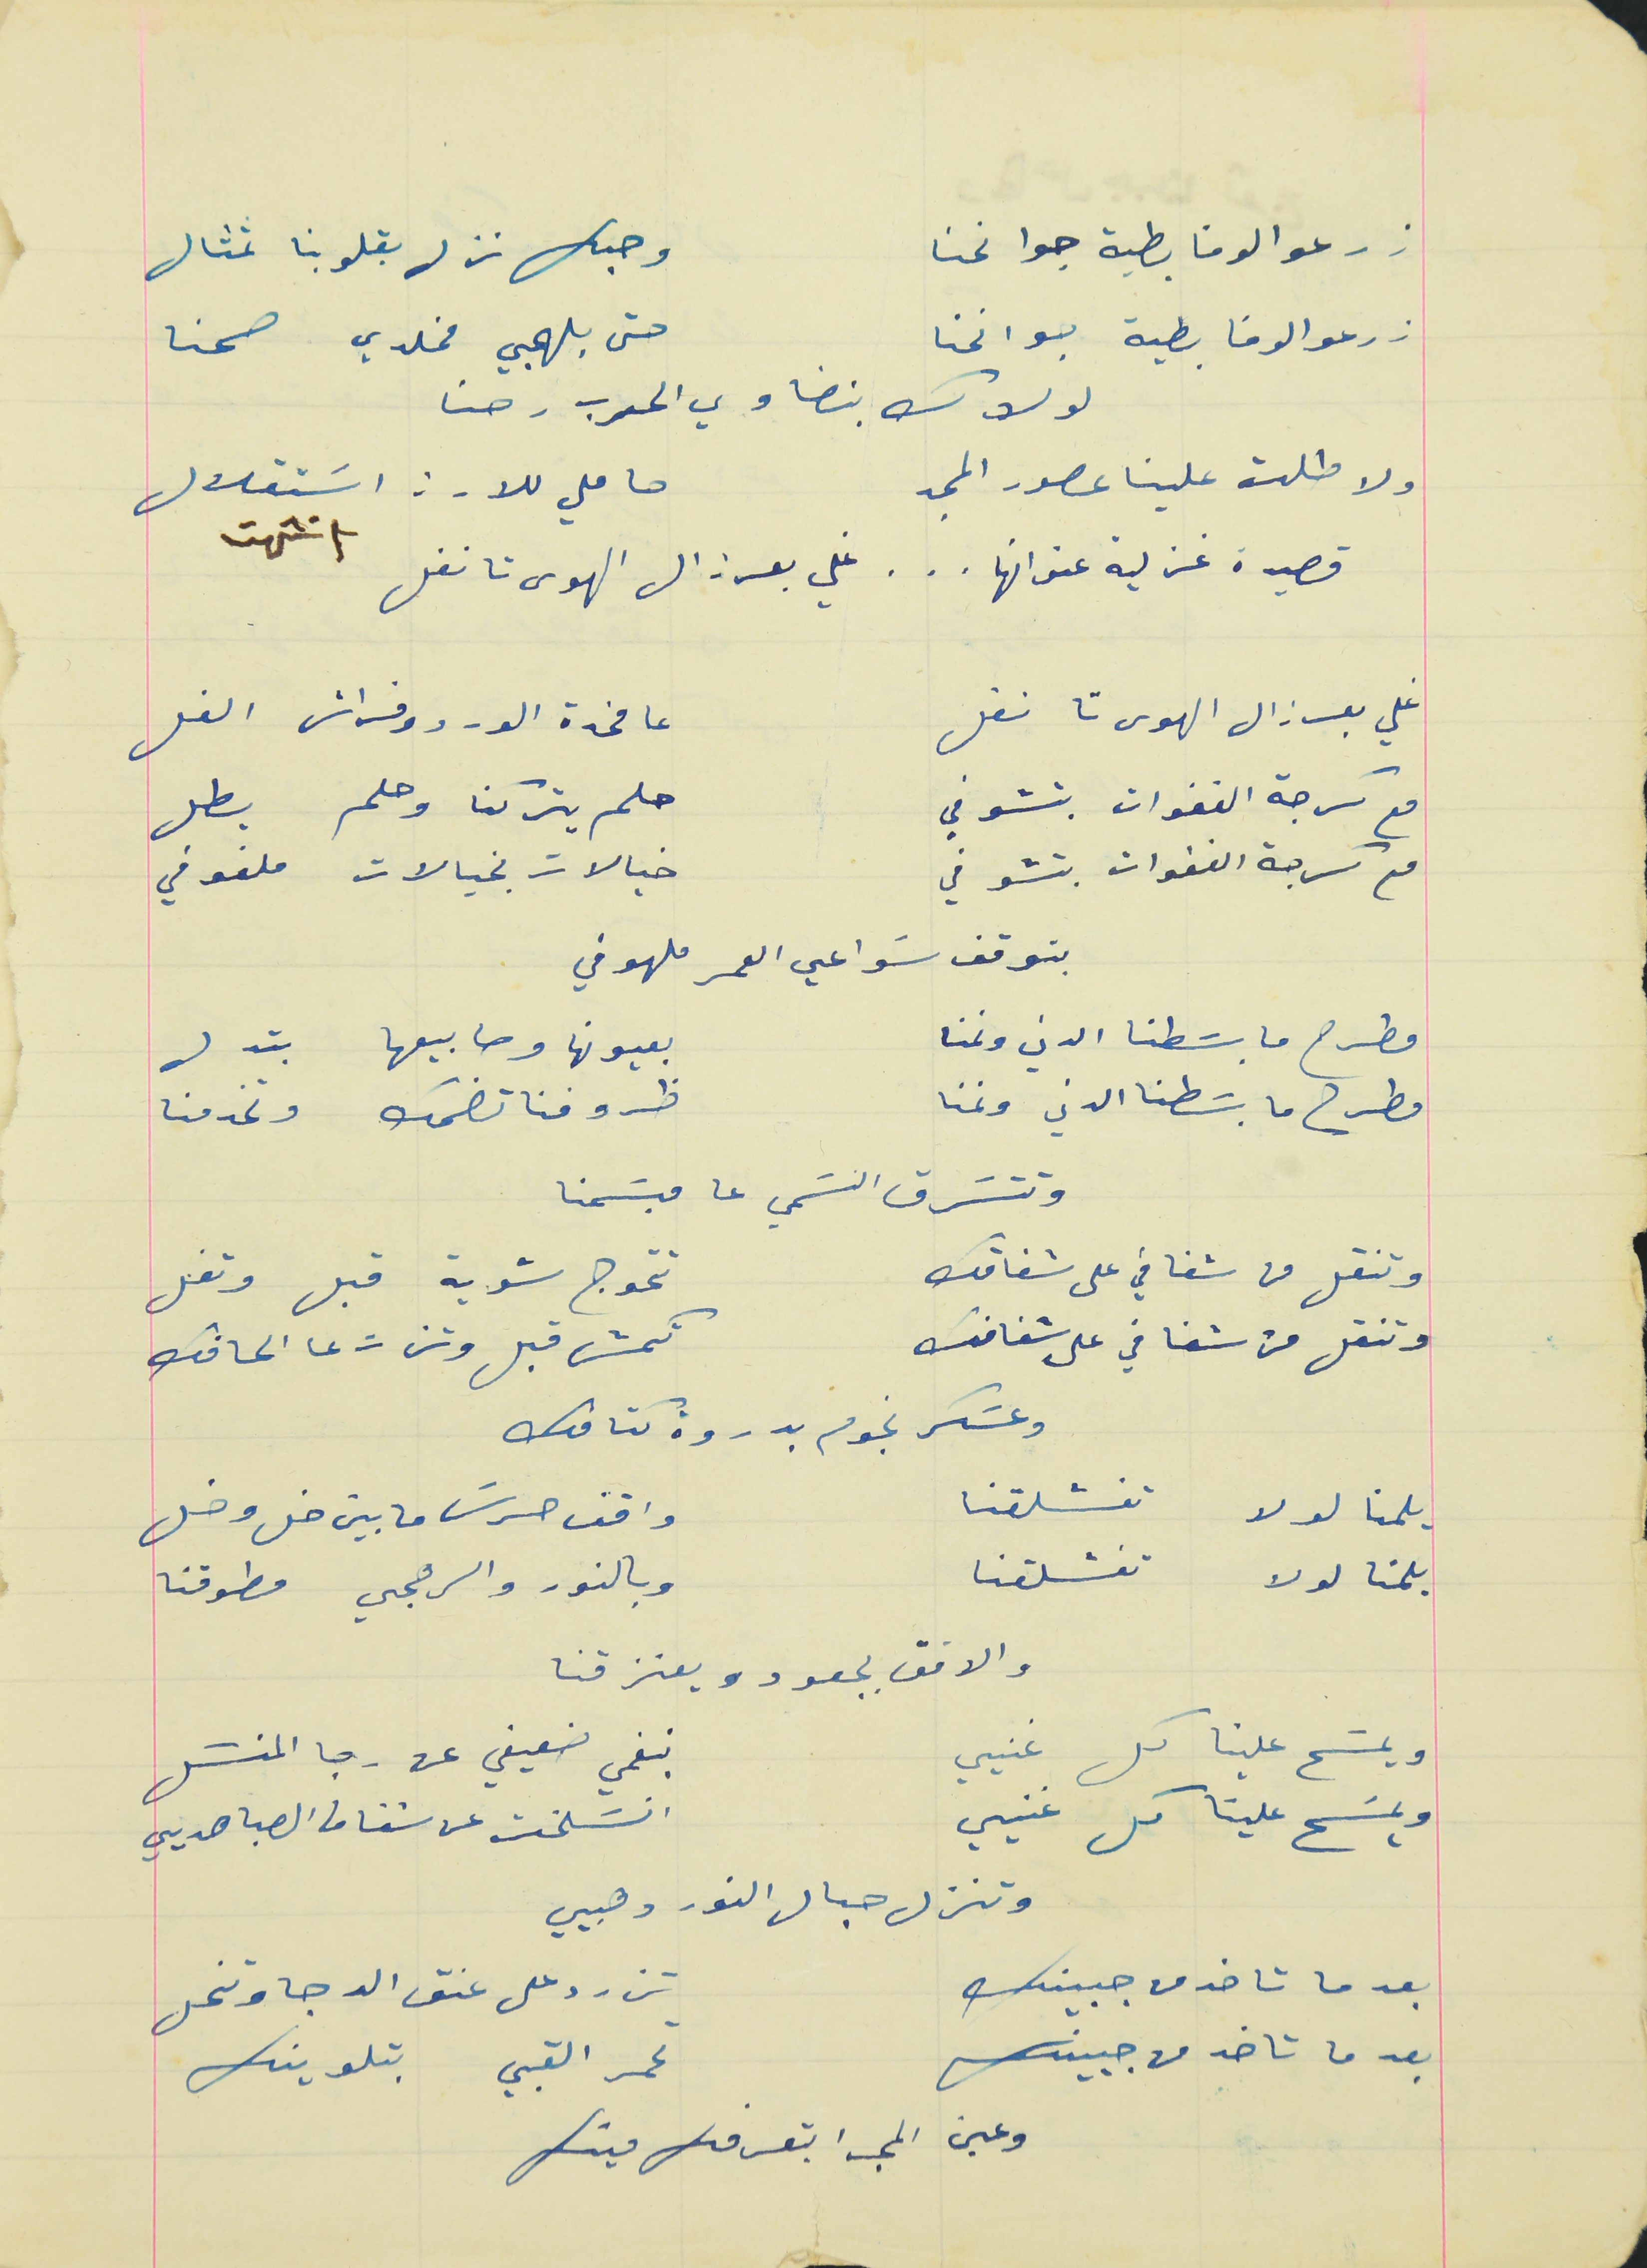
زرعو الوفا بطية جوانحنا                                            وحبك نزل بقلوبنا تمثال
زرعو الوفا بطية جوانحنا                                           حتى بلهجي مخلدي صحنا
 لولاك بنضاوي الحرب رحنا
 ولا طلت علينا عصور المجد                                     حاملي للارز اسَتقلال  انتهت
قصيدة غزلية عنوانها  .   .   .   غلي بعرزال الهوى تا نفل
غلي بعرزال الهوى تا نفل                                           عا مخدة الورد وفراش الفل
مع كرجة الغفوات بتشوفي                                      حلم يتركنا وحلم يطل
مع كرجة الغفوات بتشوفي                                       خيالات بخيالات ملفوفي
بتوقف سَواعي العمر ملهوفي
مطرح ما بسَطنا الدني ونمنا                                    بعيونها وصابيعها بتدل
مطرح ما بسَطنا الدني ونمنا                                     ظروفنا تضحك وتخدمنا
 وتتسَرق النسمي عا مبسَمنا
وتنقل من شفافي على شفافك                                  تتحوج شوية قبل وتفل
 وتنقل من شفافي على شفافك                                 تكمش قبل وتزت عا الحافك
وعسَكر نجوم بدروة كتافك
يلمنا لولا تفشلقنا                                                     واقف حرسَ ما بين خل وخل
يلمنا لولا تفشلقنا                                                      وبالنور والرهجي مطوقنا
والافق بجعودو يعنزقنا
ويمسَح علينا كل غنيي                                              بنغمي ضعيفي عن رجا المنسَل
ويمسَح علينا كل غنيي                                             انسَلخت عن شفاف الصبا هديي
 وتنزل حبال النور دهبيي
بعد ما تاخد من جبينك                                                تزرد على عنق الدجا وتنحل
بعد ما تاخذ من جبينك                                               تحمر القبي بتلوينك
 وعين المحبة بتعرفك مينك